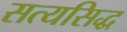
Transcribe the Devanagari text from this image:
सत्यसिद्ध